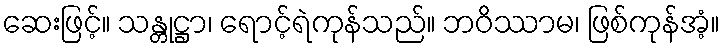
ဆေးဖြင့်။ သန္တုဋ္ဌာ၊ ရောင့်ရဲကုန်သည်။ ဘဝိဿာမ၊ ဖြစ်ကုန်အံ့။